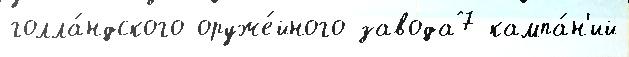
голла́ндского оруже́йного завода7 кампа́н'ий